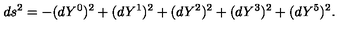
d s ^ { 2 } = - ( d Y ^ { 0 } ) ^ { 2 } + ( d Y ^ { 1 } ) ^ { 2 } + ( d Y ^ { 2 } ) ^ { 2 } + ( d Y ^ { 3 } ) ^ { 2 } + ( d Y ^ { 5 } ) ^ { 2 } .